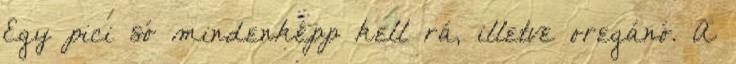
Egy pici só mindenképp kell rá, illetve oregánó. A